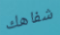
شفاهك